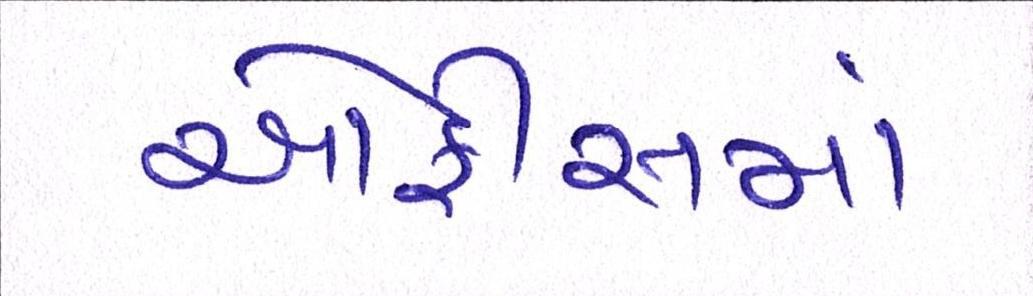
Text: ઓફીસમાં